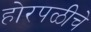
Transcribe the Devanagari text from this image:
होरपळीचे